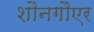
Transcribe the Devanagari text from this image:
शौनगौएर